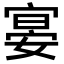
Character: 𡩷